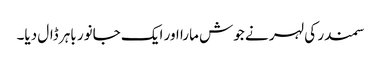
سمندر کی لہر نے جوش مارا اور ایک جانور باہر ڈال دیا۔